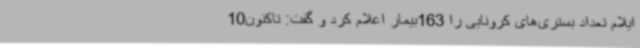
ایلام تعداد بستری‌های کرونایی را 163بیمار اعلام کرد و گفت: تاکنون10